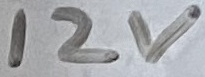
Text: 12V